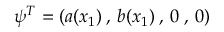
\psi ^ { T } = ( a ( x _ { 1 } ) \: , \: b ( x _ { 1 } ) \: , \: 0 \: , \: 0 )